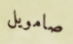
صامويل